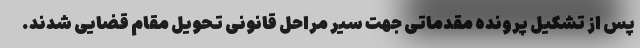
پس از تشکیل پرونده مقدماتی جهت سیر مراحل قانونی تحویل مقام قضایی شدند.